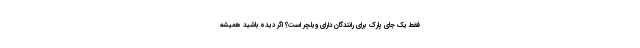
فقط یک جای پارک برای رانندگان دارای ویلچر است؟ اگر دیده باشید همیشه